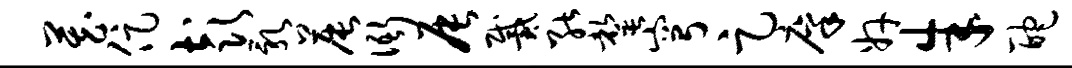
藏促彭乳晨衙辰戴能罄穹足廪奸朱酡